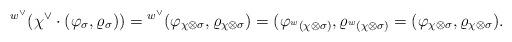
LaTeX: \begin{align*}{}^{w^\vee}(\chi^\vee\cdot(\varphi_\sigma,\varrho_\sigma))={}^{w^\vee}(\varphi_{\chi\otimes\sigma},\varrho_{\chi\otimes\sigma})=(\varphi_{{}^w(\chi\otimes\sigma)},\varrho_{{}^w(\chi\otimes\sigma)}=(\varphi_{\chi\otimes\sigma},\varrho_{\chi\otimes\sigma}).\end{align*}